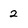
Character: 2